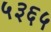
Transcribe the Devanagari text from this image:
५३६५